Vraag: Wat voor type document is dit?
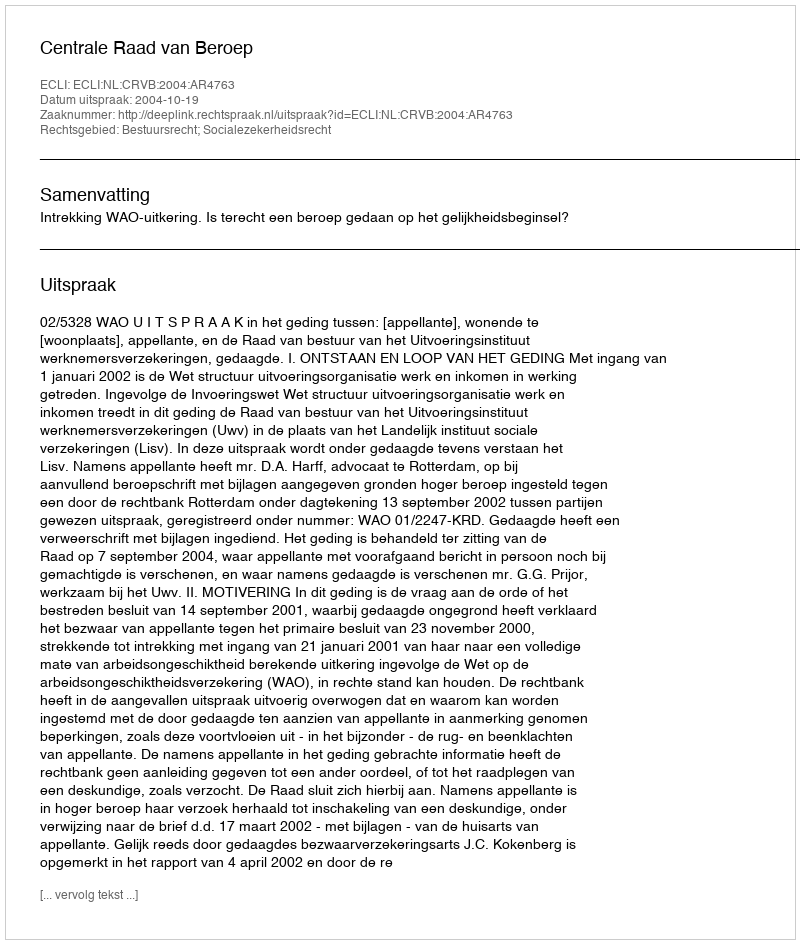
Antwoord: Uitspraak